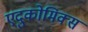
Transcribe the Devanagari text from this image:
एदुकोमिक्स